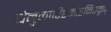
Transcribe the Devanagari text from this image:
धेनुकारिष्टकोऽनिष्टकृद्